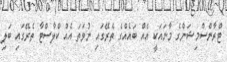
ޓްރާންސްމިޝަންގެ މާނައަކީ އެއް ބައެއްގެ ތެރޭގައި ނުވަތަ އެއް ކްލާސްޓާ ތެރޭގައި ބަލި